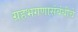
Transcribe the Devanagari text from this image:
ग्रहभगणासंबंधीचे